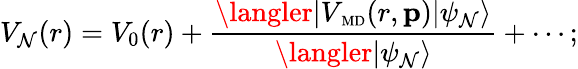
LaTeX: V_{\mathcal{N}}(r)=V_{0}(r)+\frac{{\langler|V_{\mathrm{{\scriptsize~MD}}}(r,{\mathbf{p}})|\psi_{\mathcal{N}}\rangle}}{{\langler|\psi_{\mathcal{N}}\rangle}}+\cdots;